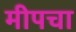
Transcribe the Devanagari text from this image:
मीपचा